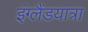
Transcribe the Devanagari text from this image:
इंग्लैंडयात्रा